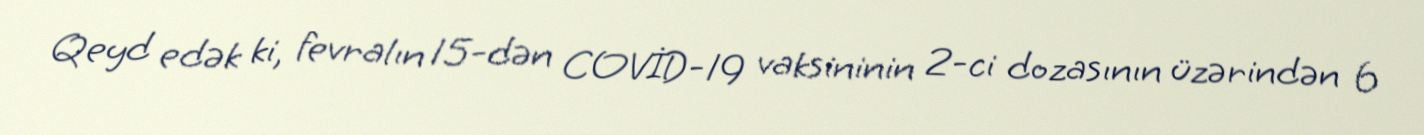
Qeyd edək ki, fevralın 15-dən COVİD-19 vaksininin 2-ci dozasının üzərindən 6